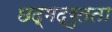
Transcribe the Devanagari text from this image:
छद्मद्रुतता